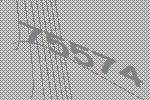
75574